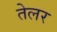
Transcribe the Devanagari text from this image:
तेलर